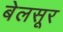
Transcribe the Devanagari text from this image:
बेलसूर